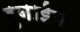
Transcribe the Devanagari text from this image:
रुबाईयाँ